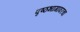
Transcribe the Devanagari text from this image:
पृष्ठभागावरचा